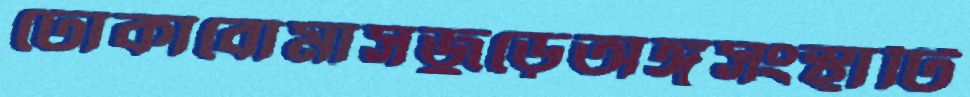
ঢোকাবোমাসজুড়েঅঙ্গসংস্থাটি